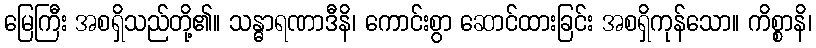
မြေကြီး အစရှိသည်တို့၏။ သန္ဓာရဏာဒီနိ၊ ကောင်းစွာ ဆောင်ထားခြင်း အစရှိကုန်သော။ ကိစ္စာနိ၊